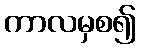
ကာလမှစ၍